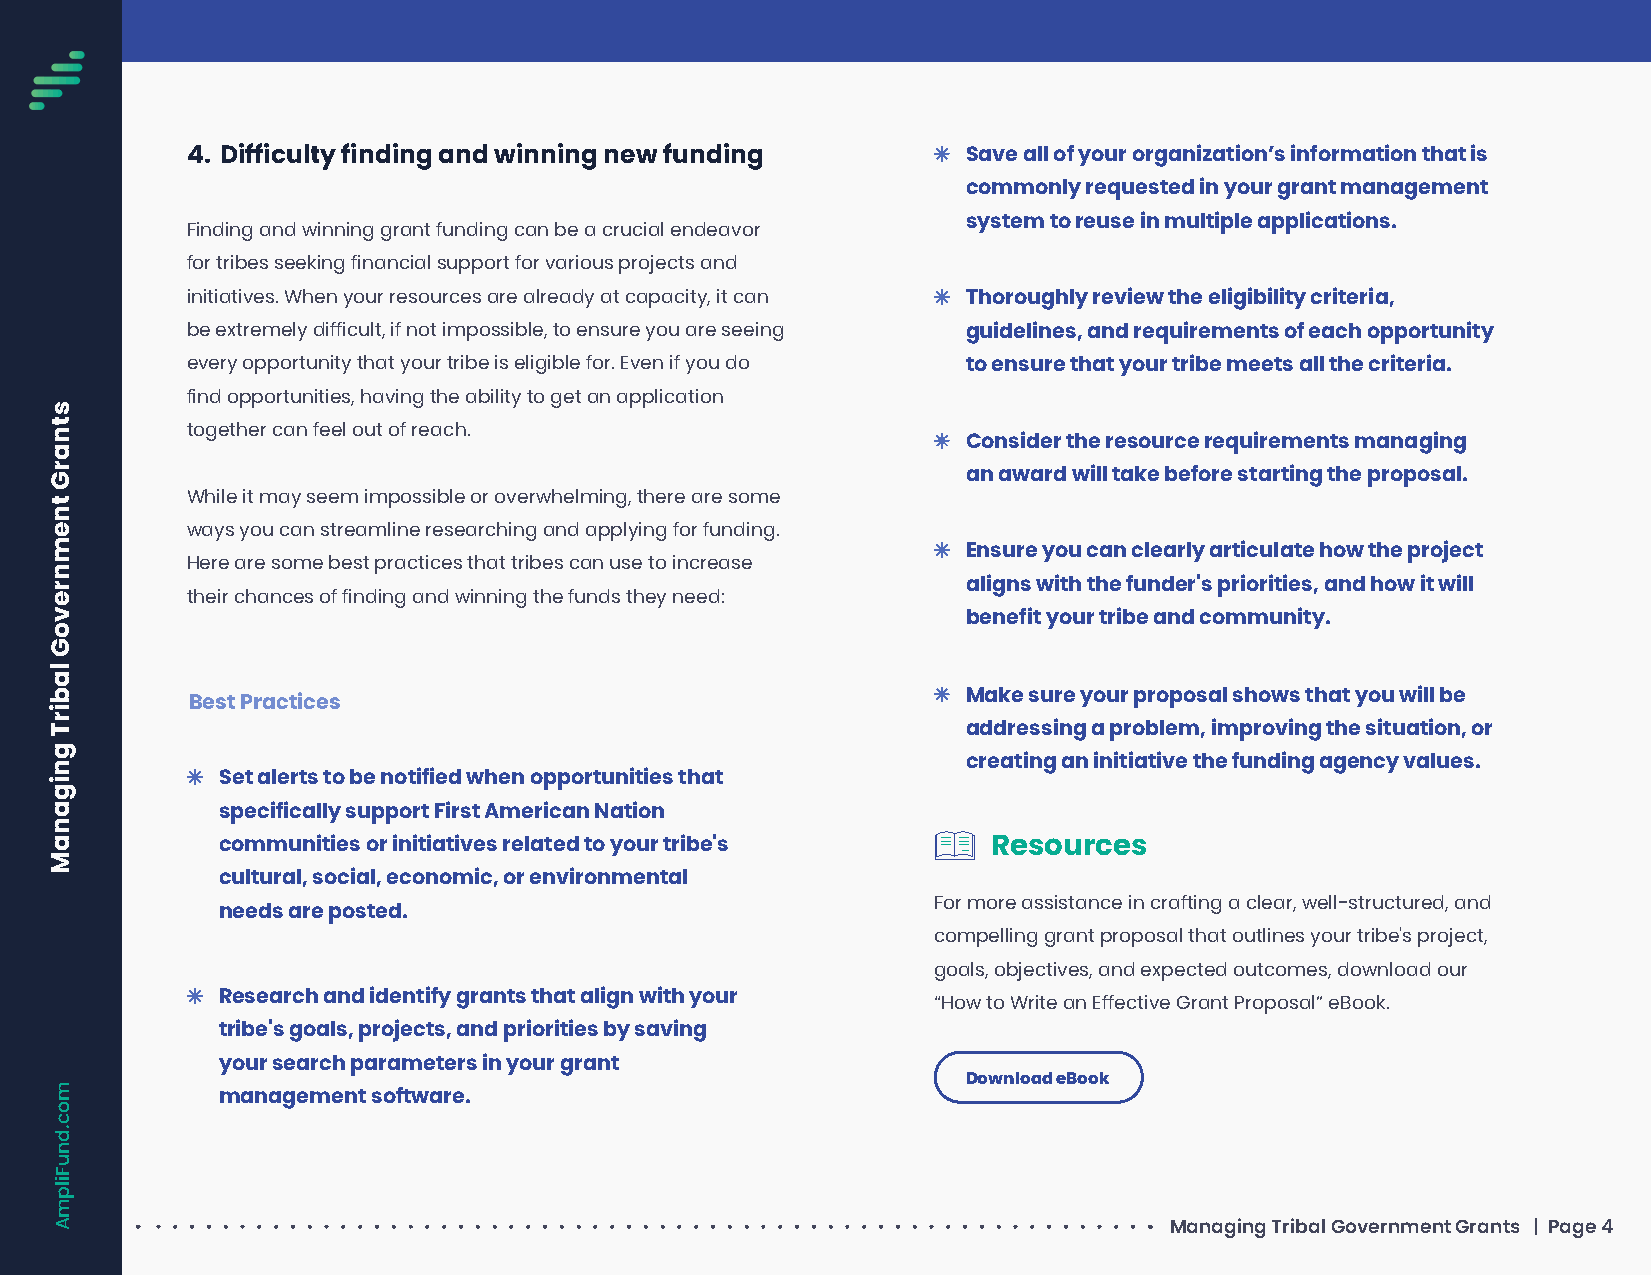
4. Difficulty finding and winning new funding       Save all of your organization’s information that is
 commonly requested in your grant management
 system to reuse in multiple applications.
 Finding and winning grant funding can be a crucial endeavor
 for tribes seeking financial support for various projects and
 initiatives. When your resources are already at capacity, it can Thoroughly review the eligibility criteria,
 be extremely difficult, if not impossible, to ensure you are seeing guidelines, and requirements of each opportunity
 every opportunity that your tribe is eligible for. Even if you do to ensure that your tribe meets all the criteria.
 find opportunities, having the ability to get an application
 together can feel out of reach.
 Consider the resource requirements managing
 an award will take before starting the proposal.
 While it may seem impossible or overwhelming, there are some
 ways you can streamline researching and applying for funding.
 Ensure you can clearly articulate how the project
 Here are some best practices that tribes can use to increase
 aligns with the funder's priorities, and how it will
 their chances of finding and winning the funds they need:
 benefit your tribe and community.
 Make sure your proposal shows that you will be
 Best Practices
 addressing a problem, improving the situation, or
 creating an initiative the funding agency values.
 Set alerts to be notified when opportunities that
 specifically support First American Nation
 communities or initiatives related to your tribe's  Resources
 cultural, social, economic, or environmental
 For more assistance in crafting a clear, well-structured, and
 needs are posted.
 compelling grant proposal that outlines your tribe's project,
 goals, objectives, and expected outcomes, download our
 Research and identify grants that align with your “How to Write an Effective Grant Proposal” eBook.
 tribe's goals, projects, and priorities by saving
 your search parameters in your grant
 Download eBook
 management software.
 Managing Tribal Government Grants | Page 4
 stnarG
 tnemnrevoG
 labirT
 gniganaM
 moc.dnuFilpmA